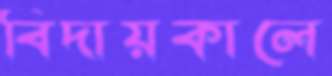
বিদায়কালে